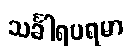
သင်္ခါရပရမာ